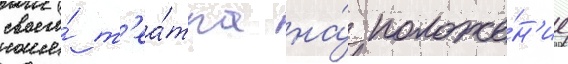
своего́ т'еа́тра на́ положе́н'ие